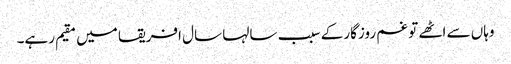
وہاں سے اٹھے تو غم روزگارکے سبب سالہا سال افریقا میں مقیم رہے۔